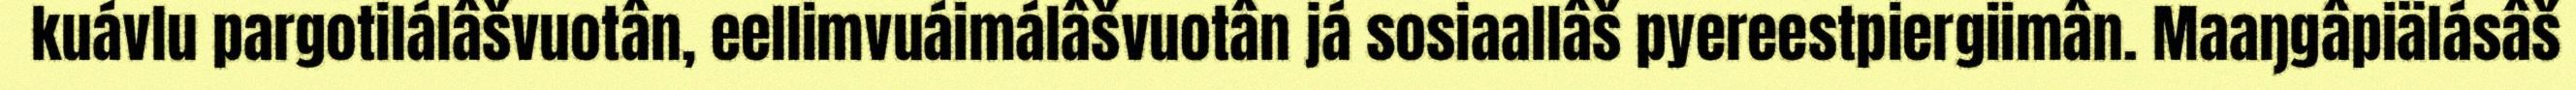
kuávlu pargotilálâšvuotân, eellimvuáimálâšvuotân já sosiaallâš pyereestpiergiimân. Maaŋgâpiälásâš